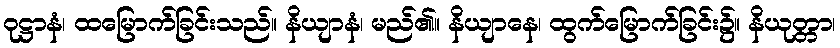
ဝုဋ္ဌာနံ၊ ထမြောက်ခြင်းသည်။ နိယျာနံ၊ မည်၏။ နိယျာနေ၊ ထွက်မြောက်ခြင်း၌။ နိယုတ္တာ၊